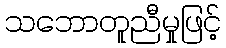
သဘောတူညီမှုဖြင့်